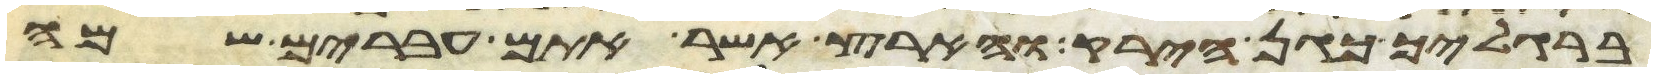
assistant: ברגליך כגן הירק והארץ אשר אתם עברים שמה